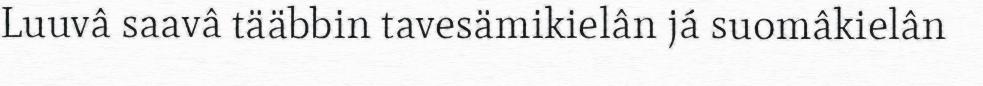
Luuvâ saavâ tääbbin tavesämikielân já suomâkielân